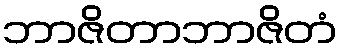
ဘာဇိတာဘာဇိတံ